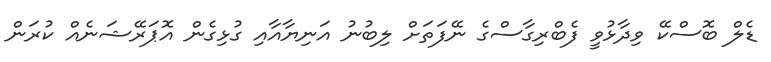
ޑެލް ބޮސްކޭ ވިދާޅުވީ ފެބްރިގާސްގެ ނޭފަތަށް ލިބުނު އަނިޔާއާއި ގުޅިގެން އޮޕަރޭޝަނެއް ކުރަން